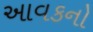
આવકનો